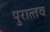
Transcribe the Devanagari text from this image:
पुरात्‍तव